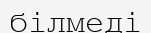
білмеді